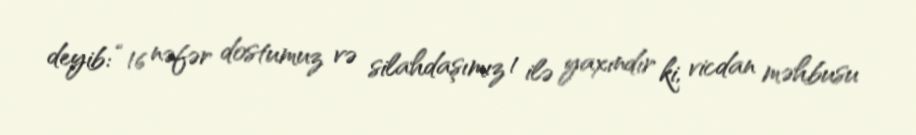
deyib: “16 nəfər dostumuz və silahdaşımız 1 ilə yaxındır ki, vicdan məhbusu